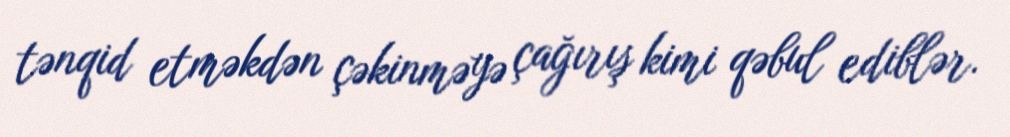
tənqid etməkdən çəkinməyə çağırış kimi qəbul ediblər.